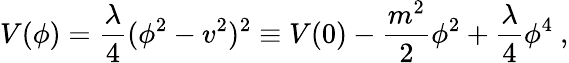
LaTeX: V(\phi)={\frac{\lambda}{4}}(\phi^{2}-{v}^{2})^{2}\equiv V(0)-{\frac{m^{2}}{2}}\phi^{2}+{\frac{\lambda}{4}}\phi^{4}\ ,